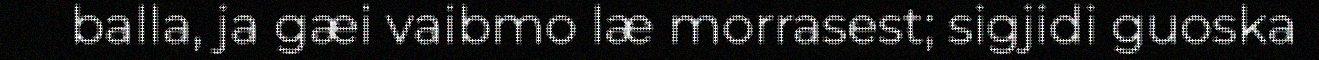
balla, ja gæi vaibmo læ morrasest; sigjidi guoska